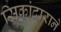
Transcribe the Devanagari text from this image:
सिकांदाराने